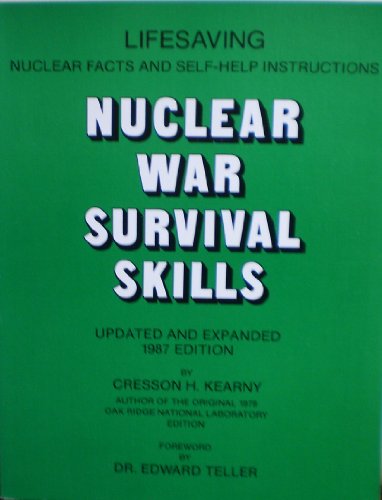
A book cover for Nuclear War Survival Skills: Updated and Expanded 1987 Edition; Cresson H. Kearny; Engineering & Transportation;